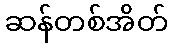
ဆန်တစ်အိတ်